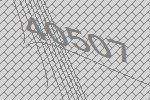
40507